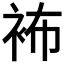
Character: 𧙛